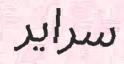
سراير